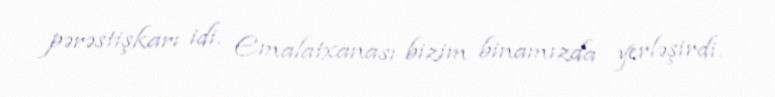
pərəstişkarı idi. Emalatxanası bizim binamızda yerləşirdi.